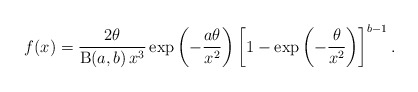
\begin{align*}f(x)=\frac{2\theta}{\operatorname{B}(a,b)\,x^3}\exp\left(-\frac{a\theta}{x^2}\right)\left[1-\exp\left(-\frac{\theta}{x^2}\right)\right]^{b-1}.\end{align*}